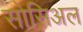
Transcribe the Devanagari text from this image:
सोसिअल